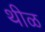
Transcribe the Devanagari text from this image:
थीळ